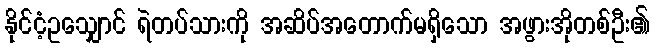
နိုင်ငံ့ဥသျှောင် ရဲတပ်သားကို အဆိပ်အတောက်မရှိသော အဖွားအိုတစ်ဦး၏